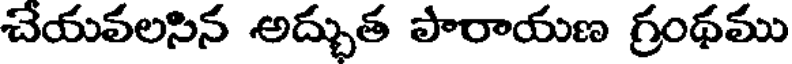
చేయవలసిన అద్భుత పారాయణ గ్రంథము